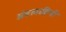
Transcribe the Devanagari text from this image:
अंडावाहिनी